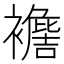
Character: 𧞟